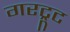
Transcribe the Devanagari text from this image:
गरट्रूट